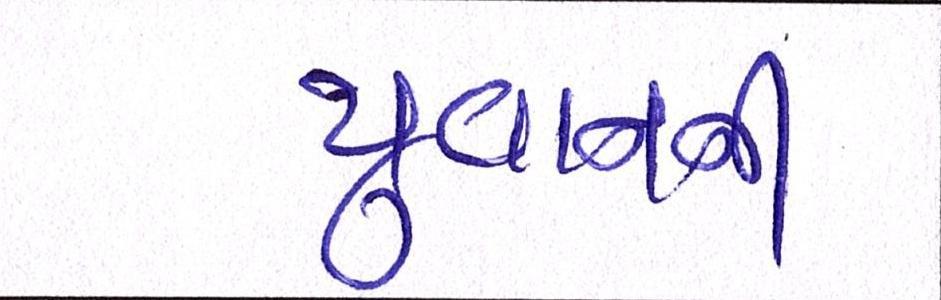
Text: યુવાનની